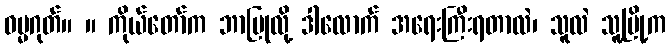
ဓမ္မဂုတ်။ ။ ကိုယ်တော်က ဘာပြုလို့ ဒါလောက် အရေးကြီးရတာလဲ၊ သူလဲ သူ့မြို့က